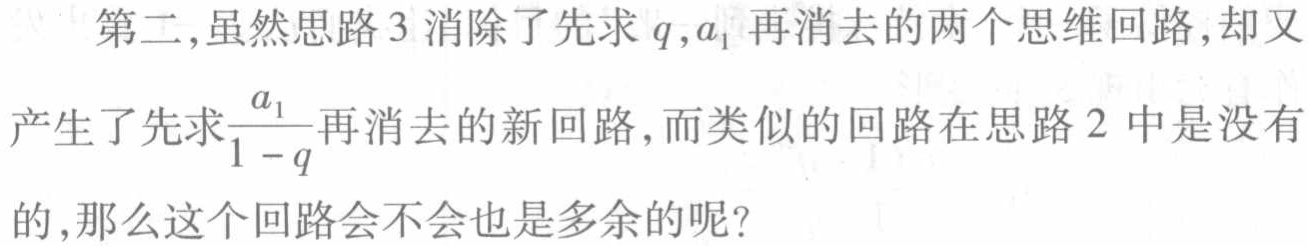
第二,虽然思路 3 消除了先求 \(q,a_{1}\) 再消去的两个思维回路,却又
产生了先求\(\frac{a_{1}}{1 - q}\)再消去的新回路,而类似的回路在思路 2 中是没有
的,那么这个回路会不会也是多余的呢?